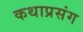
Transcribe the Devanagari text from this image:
कथाप्रसंग